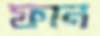
ফান